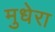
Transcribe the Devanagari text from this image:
मुधेरा